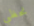
نحظي